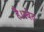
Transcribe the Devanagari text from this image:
है।स्वेत